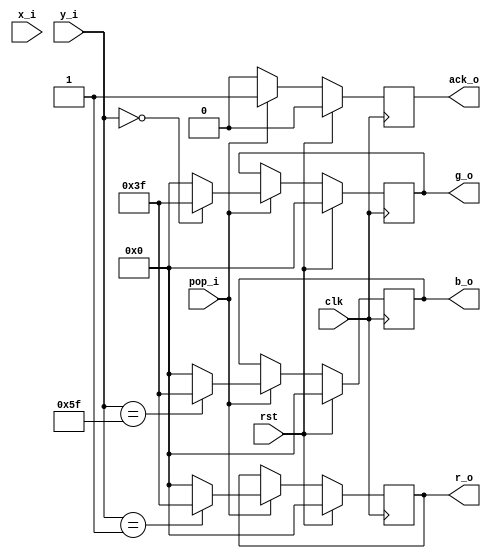
module patterngen(
    input wire clk, 
    input wire rst,
    input wire [8:0] x_i,
    input wire [6:0] y_i,
    input wire pop_i,
    output wire [5:0] r_o,
    output wire [5:0] g_o,
    output wire [5:0] b_o,
    output wire ack_o);
reg [5:0] r_ff;
reg [5:0] g_ff;
reg [5:0] b_ff;
reg ack_ff;
always @(posedge clk) begin
    if (rst) begin
        r_ff <= 6'h00;
        g_ff <= 6'h00;
        b_ff <= 6'h00;
        ack_ff <= 1'b0;
    end else if (pop_i) begin
        if (y_i == 7'd1)
            r_ff <= 6'h3f;
        else
            r_ff <= 6'h00;
        if (y_i == 7'd0)
            g_ff <= 6'h3f;
        else
            g_ff <= 6'h00;
        if (y_i == 7'd95)
            b_ff <= 6'h3f;
        else
            b_ff <= 6'h00;
        ack_ff <= 1'b1;
    end else
        ack_ff <= 1'b0;
end
assign r_o = r_ff;
assign g_o = g_ff;
assign b_o = b_ff;
assign ack_o = ack_ff;
endmodule